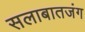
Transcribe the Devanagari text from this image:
सलाबातजंग